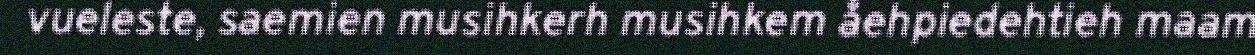
vueleste, saemien musihkerh musihkem åehpiedehtieh maam